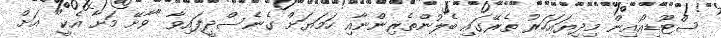
ސްޓޫޑިއޯއިން މިދިޔައަހަރު ތެރޭގައި ބެލުންތެރިންނާއި ހަމަޔަށް ގެނެސްދީފައިވާ "ވާށޭ މަށާ އެކީ" އަށް